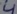
Text: 4